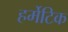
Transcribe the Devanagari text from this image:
हर्मेटिक